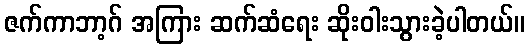
ဇက်ကာဘာ့ဂ် အကြား ဆက်ဆံရေး ဆိုးဝါးသွားခဲ့ပါတယ်။